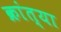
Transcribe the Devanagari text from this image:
क्रांत्या